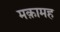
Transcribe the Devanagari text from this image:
मक़ामह